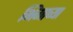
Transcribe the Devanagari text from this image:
भिंगाच्या